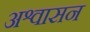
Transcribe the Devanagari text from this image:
अश्वासन